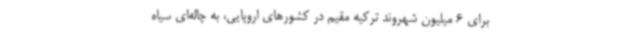
برای 6 میلیون شهروند ترکیه مقیم در کشورهای اروپایی، به چاله‌ای سیاه